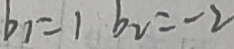
b _ { 1 } = 1 b _ { 2 } = - 2